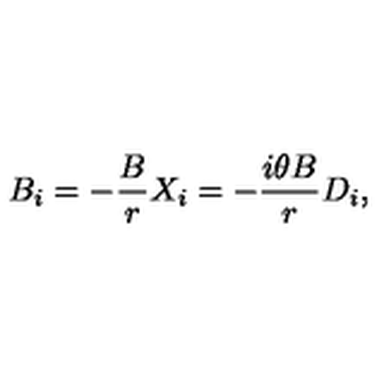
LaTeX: B _ { i } = - \frac { B } { r } X _ { i } = - \frac { i \theta B } { r } D _ { i } , \nonumber